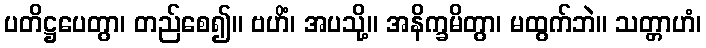
ပတိဋ္ဌပေတွာ၊ တည်စေ၍။ ဗဟိံ၊ အပသို့။ အနိက္ခမိတွာ၊ မထွက်ဘဲ။ သတ္တာဟံ၊